Civil Veterinary Department. United Provinces 1912-22 - 1912-1922
Year: 1912
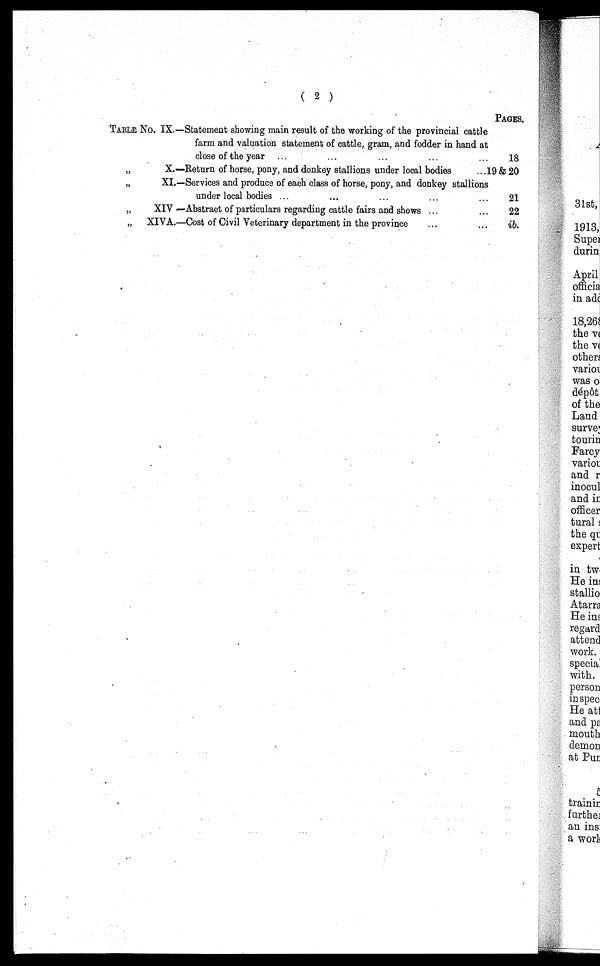
( 2 )
TABLE NO. IX.—
„ X.—
„XI.—
„ XIV —
„ XIVA.—
Statement showing main result of the working of the provincial cattle
farm and valuation statement of cattle, gram, and fodder in hand at
close of the year ... ... … … …
Return of horse, pony, and donkey stallions under local bodies ...
Services and produce of each class of horse, pony, and donkey stallions
under local bodies ... … … … …
Abstract of particulars regarding cattle fairs and shows ... …
Cost of Civil Veterinary department in the province … …
PAGES.
18
19 & 20
21
22
ib.